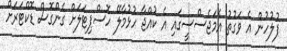
ފުލުހުން އެ ވަގުތު އެމަޖެސްސީގައި އެ ކުއްޖާ ހުޅުމާލޭ ހޮސްޕިޓަލަށް ގެންގޮސް ޑޮކްޓަރަށް